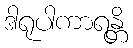
ဒါရုပါကာရန္တိ